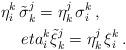
LaTeX: \begin{align*}\eta ^k_i\,\tilde{\sigma}^j_k=\eta ^j_k\,\sigma ^k_i\,,\ \ \ \ \ \\eta ^k_i\tilde{\xi}^j_k=\eta ^j_k\,\xi^k_i\,. \end{align*}